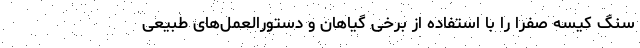
سنگ کیسه صفرا را با استفاده از برخی گیاهان و دستورالعمل‌های طبیعی